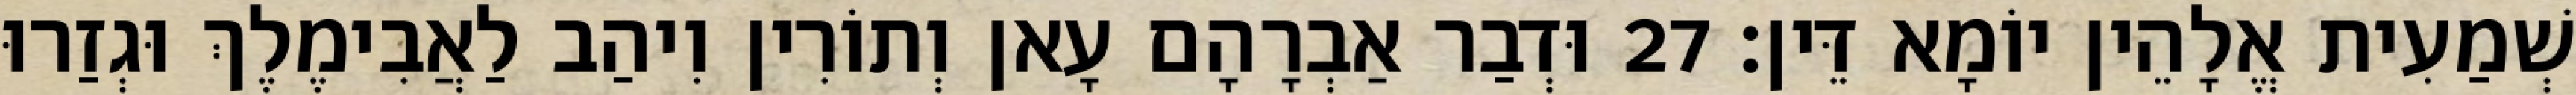
שְׁמַעִית אֱלָהֵין יוֹמָא דֵּין׃ 27 וּדְבַר אַבְרָהָם עָאן וְתוֹרִין וִיהַב לַאֲבִימֶלֶךְ וּגְזַרוּ